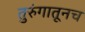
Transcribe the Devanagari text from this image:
तुरुंगातूनच